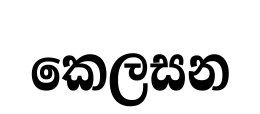
කෙලසන